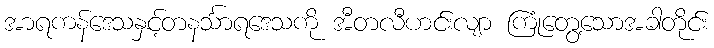
အာရကန်ဒေသနှင့်တနင်္သာရဒေသကို အီတလီဟင်းလျာ ကြုံတွေ့သောအခါတိုင်း